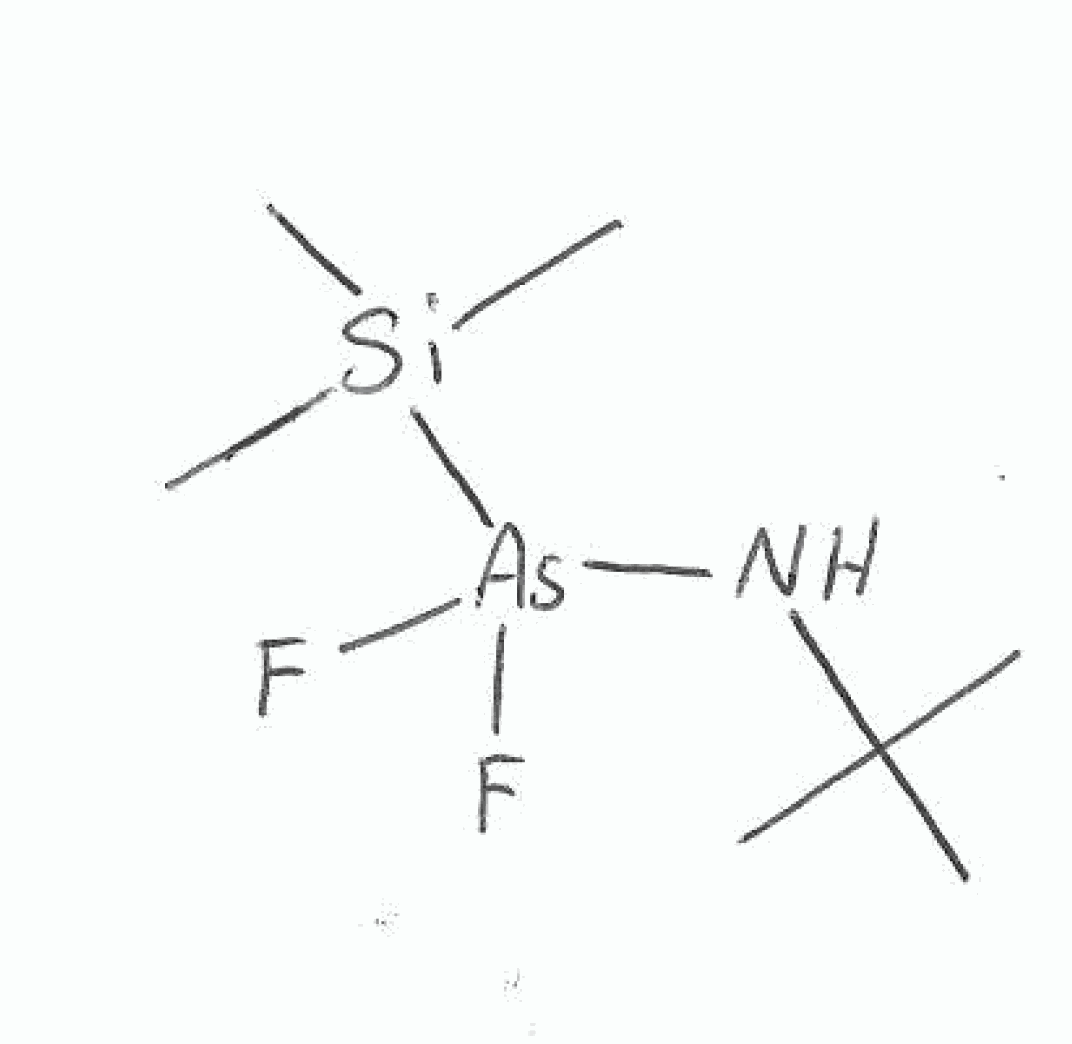
Simplified molecular-input line-entry system (SMILES) notation of the given molecule:
CC(C)(C)N[As](F)(F)[Si](C)(C)C